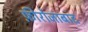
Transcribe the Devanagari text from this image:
फ़ीरोजाबाद